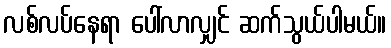
လစ်လပ်နေရာ ပေါ်လာလျှင် ဆက်သွယ်ပါမယ်။